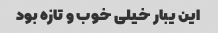
این یبار خیلی خوب و تازه بود